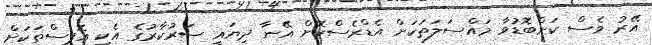
އޭރު ވެސް ކަންބޮޑުވާ މައްސަލަތަކަށް އެޑްރެސްކޮށް އޭނާ ދިޔައީ ސަރުކާރުގެ އެކި އޮފީސްތަކަށް